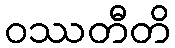
ဝဿတီတိ